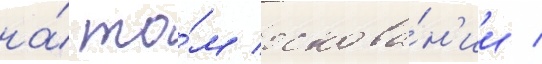
на́ то́м основа́н'ии /